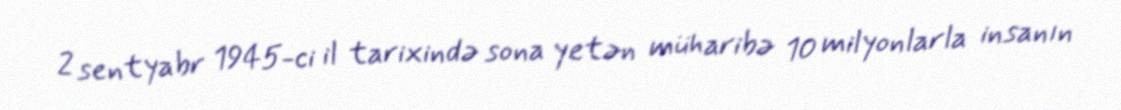
2 sentyabr 1945-ci il tarixində sona yetən müharibə 10 milyonlarla insanın